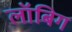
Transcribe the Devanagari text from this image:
लॉबिग